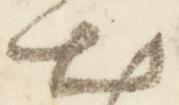
出